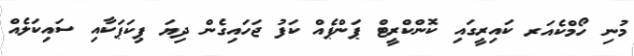
މުނި ހޯމްކެއަރ ކައިރީގައި ކޮންކްރީޓް ޕަންޕެއް ކަފު ޖަހައިގެން ދިޔަ ޕިކަޕަކާއި ސައިކަލެއް